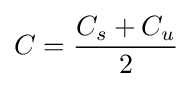
C={\frac {C_{s}+C_{u}}{2}}